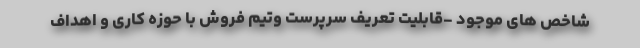
شاخص های موجود -قابلیت تعریف سرپرست وتیم فروش با حوزه کاری و اهداف